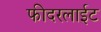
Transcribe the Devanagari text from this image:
फीदरलाईट